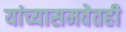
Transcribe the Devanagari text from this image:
यांच्यासमवेतही